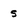
Character: 5